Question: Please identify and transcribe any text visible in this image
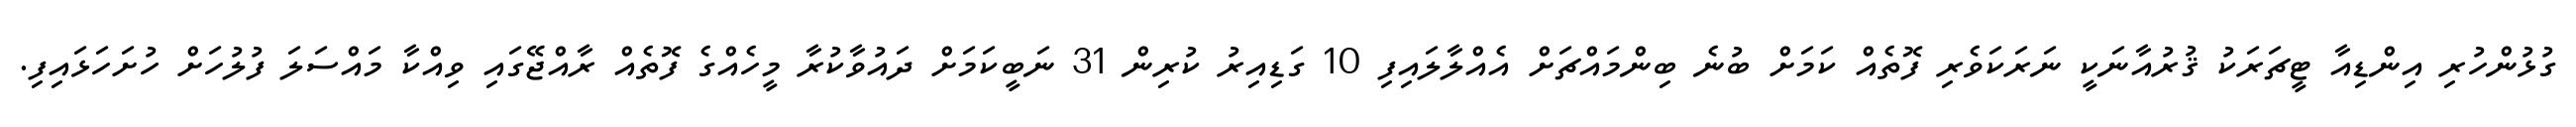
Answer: ގުޅުންހުރި އިންޑިއާ ޓީޗަރަކު ޤުރުއާނަކީ ނަރަކަވެރި ފޮތެއް ކަމަށް ބުނެ ބިންމައްޗަށް އެއްލާލައިފި 10 ގަޑިއިރު ކުރިން 31 ނަބީކަމަށް ދައުވާކުރާ މީހެއްގެ ފޮތެއް ރާއްޖޭގައި ވިއްކާ މައްސަލަ ފުލުހަށް ހުށަހަޅައިފި.